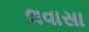
લવાસા